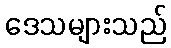
ဒေသများသည်